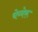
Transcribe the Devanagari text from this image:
चेय्येरू